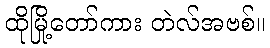
ထိုမြို့တော်ကား တဲလ်အဗစ်။